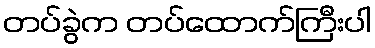
တပ်ခွဲက တပ်ထောက်ကြီးပါ